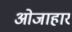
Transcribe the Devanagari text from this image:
ओजाहार